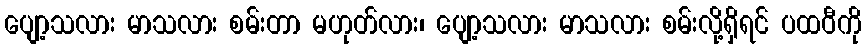
ပျော့သလား မာသလား စမ်းတာ မဟုတ်လား၊ ပျော့သလား မာသလား စမ်းလို့ရှိရင် ပထဝီကို